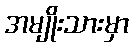
အမျိုးသားမှာ